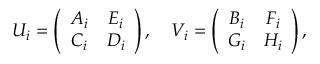
U _ { i } = \left( \begin{array} { c c } { { A _ { i } } } & { { E _ { i } } } \\ { { C _ { i } } } & { { D _ { i } } } \end{array} \right) , \quad V _ { i } = \left( \begin{array} { c c } { { B _ { i } } } & { { F _ { i } } } \\ { { G _ { i } } } & { { H _ { i } } } \end{array} \right) ,